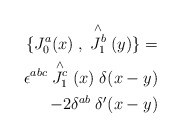
\begin{align*}\{J^{a}_{0}(x)\;,\;\stackrel{\wedge}{J^{b}_{1}}(y) \} =\\\epsilon^{abc} \stackrel{\wedge}{J^{c}_{1}}(x) \; \delta(x-y) \\ - 2 \delta^{ab} \; \delta^{\prime}(x-y)\end{align*}